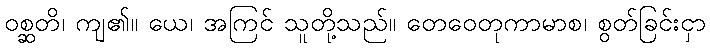
ဝစ္ဆတိ၊ ကျ၏။ ယေ၊ အကြင် သူတို့သည်။ တေဝေတုကာမာစ၊ စွတ်ခြင်းငှာ